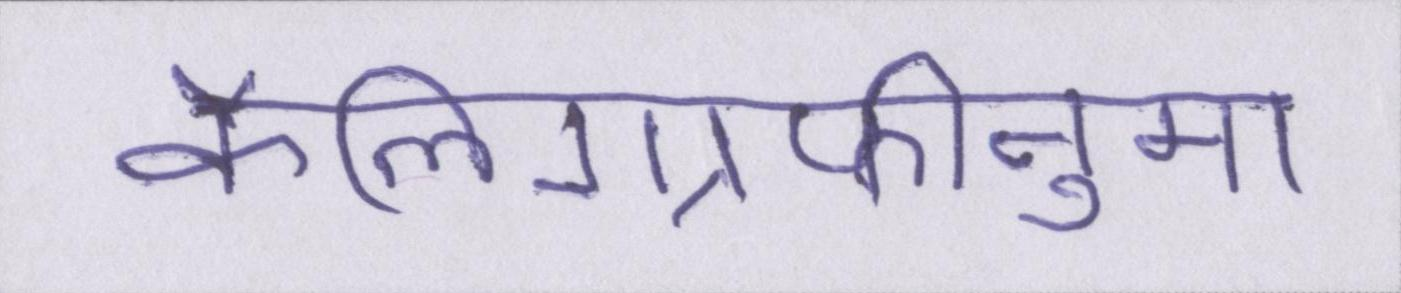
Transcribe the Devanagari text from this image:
कैलिग्राफीनुमा